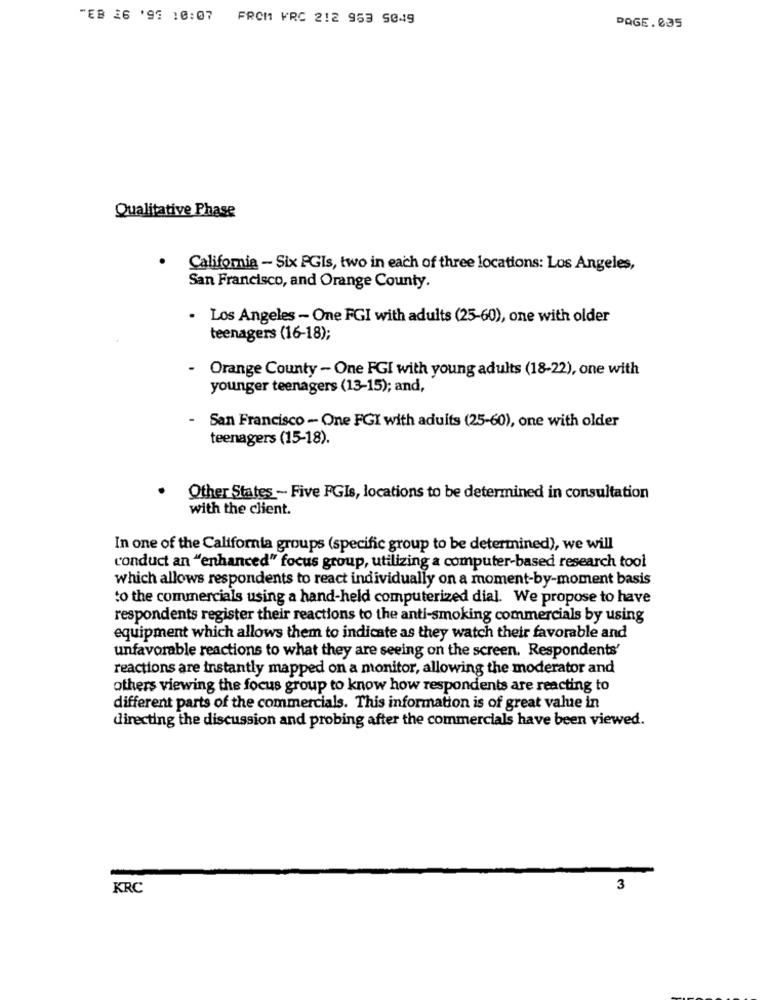
"EB 26 '93 10:07 FROM KRC 212 953 5049
PAGE.035
Qualitative Phase
California - Six PGIs, two in each of three locations: Los Angeles,
San Francisco, and Orange County.
. Los Angeles - One FGI with adults (25-60), one with older
teenagers (16-18);
- Orange County - One FGI with young adults (18-22), one with
younger teenagers (13-15); and,
- San Francisco - One FGI with aduits (25-60), one with older
teenagers (15-18).
Other States - Five FGIs, locations to be determined in consultation
with the client.
In one of the California groups (specific group to be determined), we will
conduct an "enhanced" focus group, utilizing a computer-based research tool
which allows respondents to react individually on a moment-by-moment basis
to the commercials using a hand-held computerized dial. We propose to have
respondents register their reactions to the anti-smoking commercials by using
equipment which allows them to indicate as they watch their favorable and
unfavorable reactions to what they are seeing on the screen. Respondents'
reactions are instantly mapped on a monitor, allowing the moderator and
others viewing the focus group to know how respondents are reacting to
different parts of the commercials. This information is of great value in
directing the discussion and probing after the commercials have been viewed.
KRC
3